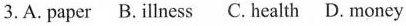
3. A. Paper B.Illness C. Health D. Money